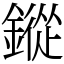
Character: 鏦